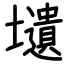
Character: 壝